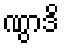
ဏွာဒိ